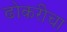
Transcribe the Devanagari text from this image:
ढोकरीचा